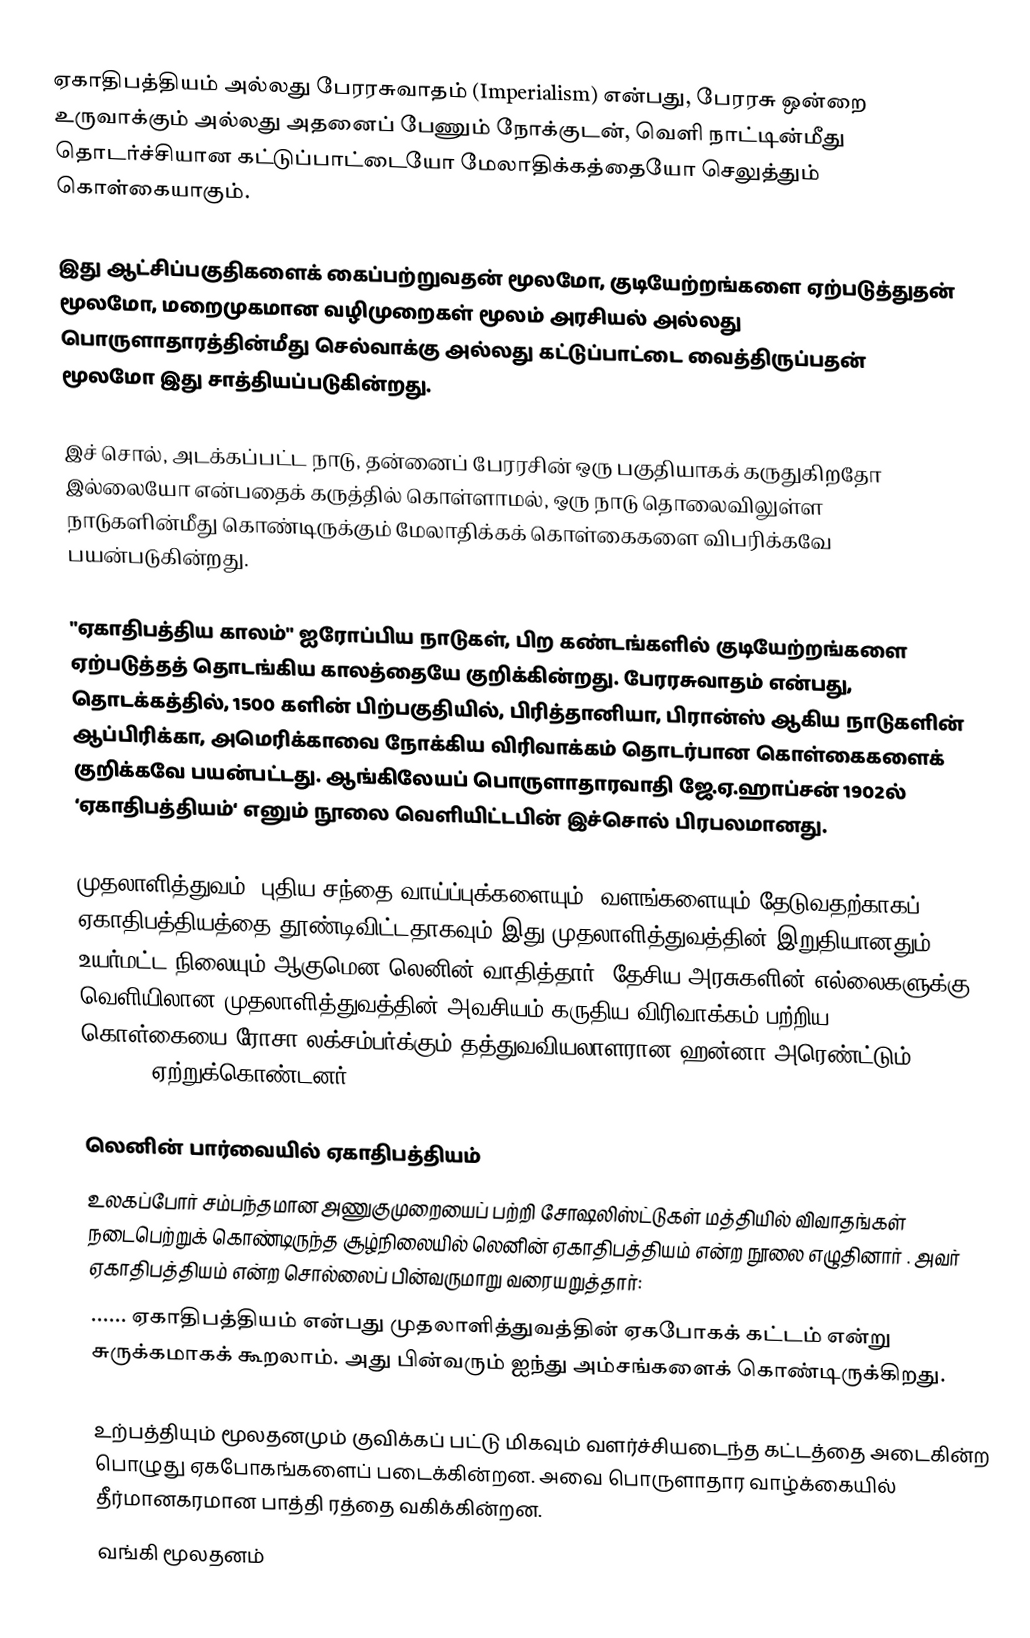
ஏகாதிபத்தியம் அல்லது பேரரசுவாதம் (Imperialism) என்பது, பேரரசு ஒன்றை உருவாக்கும் அல்லது அதனைப் பேணும் நோக்குடன், வெளி நாட்டின்மீது தொடர்ச்சியான கட்டுப்பாட்டையோ மேலாதிக்கத்தையோ செலுத்தும் கொள்கையாகும்.

இது ஆட்சிப்பகுதிகளைக் கைப்பற்றுவதன் மூலமோ, குடியேற்றங்களை ஏற்படுத்துதன் மூலமோ, மறைமுகமான வழிமுறைகள் மூலம் அரசியல் அல்லது பொருளாதாரத்தின்மீது செல்வாக்கு அல்லது கட்டுப்பாட்டை வைத்திருப்பதன் மூலமோ இது சாத்தியப்படுகின்றது.

இச் சொல், அடக்கப்பட்ட நாடு, தன்னைப் பேரரசின் ஒரு பகுதியாகக் கருதுகிறதோ இல்லையோ என்பதைக் கருத்தில் கொள்ளாமல், ஒரு நாடு தொலைவிலுள்ள நாடுகளின்மீது கொண்டிருக்கும் மேலாதிக்கக் கொள்கைகளை விபரிக்கவே பயன்படுகின்றது.

"ஏகாதிபத்திய காலம்" ஐரோப்பிய நாடுகள், பிற கண்டங்களில் குடியேற்றங்களை ஏற்படுத்தத் தொடங்கிய காலத்தையே குறிக்கின்றது. பேரரசுவாதம் என்பது, தொடக்கத்தில், 1500 களின் பிற்பகுதியில், பிரித்தானியா, பிரான்ஸ் ஆகிய நாடுகளின் ஆப்பிரிக்கா, அமெரிக்காவை நோக்கிய விரிவாக்கம் தொடர்பான கொள்கைகளைக் குறிக்கவே பயன்பட்டது. ஆங்கிலேயப் பொருளாதாரவாதி ஜே.ஏ.ஹாப்சன் 1902ல் ‘ஏகாதிபத்தியம்‘ எனும் நூலை வெளியிட்டபின் இச்சொல் பிரபலமானது.

முதலாளித்துவம், புதிய சந்தை வாய்ப்புக்களையும், வளங்களையும் தேடுவதற்காகப் ஏகாதிபத்தியத்தை தூண்டிவிட்டதாகவும் இது முதலாளித்துவத்தின் இறுதியானதும் உயர்மட்ட நிலையும் ஆகுமென லெனின் வாதித்தார். தேசிய அரசுகளின் எல்லைகளுக்கு வெளியிலான முதலாளித்துவத்தின் அவசியம் கருதிய விரிவாக்கம் பற்றிய கொள்கையை ரோசா லக்சம்பர்க்கும் தத்துவவியலாளரான ஹன்னா அரெண்ட்டும் (Hannah Arendt) ஏற்றுக்கொண்டனர்.

லெனின் பார்வையில் ஏகாதிபத்தியம்
உலகப்போர் சம்பந்தமான அணுகுமுறையைப் பற்றி சோஷலிஸ்ட்டுகள் மத்தியில் விவாதங்கள் நடைபெற்றுக் கொண்டிருந்த சூழ்நிலையில் லெனின் ஏகாதிபத்தியம் என்ற நூலை எழுதினார் . அவர் ஏகாதிபத்தியம் என்ற சொல்லைப் பின்வருமாறு வரையறுத்தார்:
...... ஏகாதிபத்தியம் என்பது முதலாளித்துவத்தின் ஏகபோகக் கட்டம் என்று சுருக்கமாகக் கூறலாம். அது பின்வரும் ஐந்து அம்சங்களைக் கொண்டிருக்கிறது.

 உற்பத்தியும் மூலதனமும் குவிக்கப் பட்டு மிகவும் வளர்ச்சியடைந்த கட்டத்தை அடைகின்ற பொழுது ஏகபோகங்களைப் படைக்கின்றன. அவை பொருளாதார வாழ்க்கையில் தீர்மானகரமான பாத்தி ரத்தை வகிக்கின்றன.
 வங்கி மூலதனம்